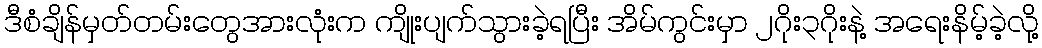
ဒီစံချိန်မှတ်တမ်းတွေအားလုံးက ကျိုးပျက်သွားခဲ့ရပြီး အိမ်ကွင်းမှာ ၂ဂိုး၃ဂိုးနဲ့ အရေးနိမ့်ခဲ့လို့